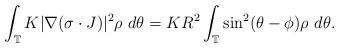
LaTeX: \begin{align*} \int_{\mathbb{T}} K|\nabla(\sigma\cdot J)|^2 \rho ~ d\theta= KR^2 \int_{\mathbb{T}} \sin^{2}(\theta-\phi) \rho ~ d\theta.\end{align*}